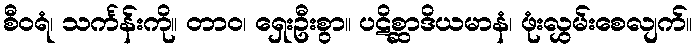
စီဝရံ၊ သင်္ကန်းကို။ တာဝ၊ ရှေးဦးစွာ။ ပဋိစ္ဆာဒိယမာနံ၊ ဖုံးလွှမ်းစေလျက်။